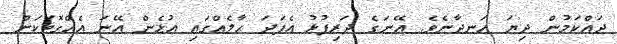
ދައްކަމުން ދިޔަ ހަނދާނެވެ. އޭނަގެ ދަރިފުޅު އެފަދަ ޙާލެއްގައި އުޅެން އޭނަ އެއްގޮތަކަށް